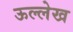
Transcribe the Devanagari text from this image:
ऊल्लेख